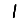
Digit: 1